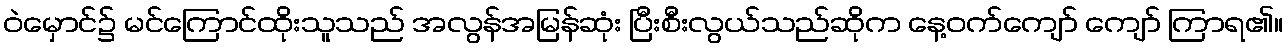
ဝဲမှောင်၌ မင်ကြောင်ထိုးသူသည် အလွန်အမြန်ဆုံး ပြီးစီးလွယ်သည်ဆိုက နေ့ဝက်ကျော် ကျော် ကြာရ၏။